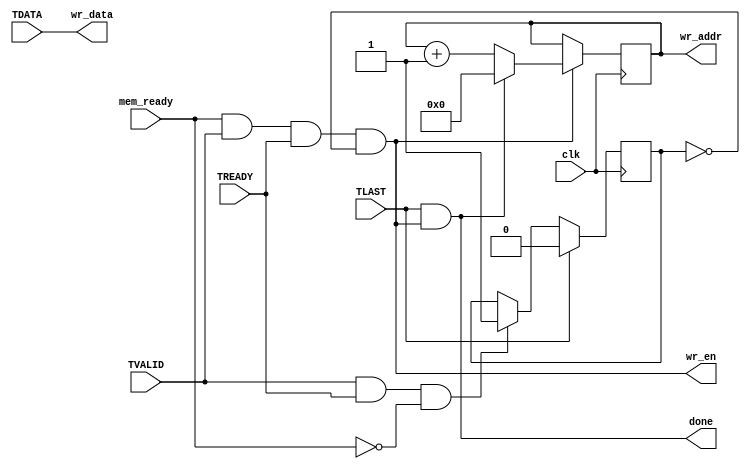
`timescale 1ns / 1ps
/*
axistream_snooper.v

A simple snooper for AXI Stream wires. 
*/


module axistream_snooper # (parameter
	DATA_WIDTH = 32,
	ADDR_WIDTH = 10
)(
	input wire clk,
	
	//AXI Stream interface
	input wire [DATA_WIDTH-1:0] TDATA,
	input wire TVALID,
	input wire TREADY, //Yes, this is an input. Remember that we're snooping!
	input wire TLAST,
	
	//Interface to packet mem
	output wire [ADDR_WIDTH-1:0] wr_addr,
	output wire [DATA_WIDTH-1:0] wr_data,
	input wire mem_ready,
	output wire wr_en,
	output wire done
);

//We should make this wait for a packet to start, right?
//As in, wait for TLAST, and only then start copying

//To be even more specific: the problem occurs when TREADY and TVALID are 1
//(meaning new data went through the bus) but mem_ready was low

reg need_to_wait = 0;
wire next_need_to_wait;
assign next_need_to_wait = TLAST ? 0 : ((TVALID && TREADY && !mem_ready) ? 1 : need_to_wait);
always @(posedge clk) need_to_wait <= next_need_to_wait;

assign wr_data = TDATA; //TODO: make this work for arbitrary widths

reg [ADDR_WIDTH-1:0] addr = 0;
wire [ADDR_WIDTH-1:0] next_addr;

assign wr_en = (mem_ready && TVALID && TREADY && !need_to_wait);

//make done = 1 on our last write
assign done = TLAST && wr_en;

assign next_addr = wr_en ? (done ? 0 : addr + 1) : addr;

always @(posedge clk) begin
	addr <= next_addr;
end

assign wr_addr = addr;

endmodule